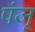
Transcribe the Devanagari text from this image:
पंजू